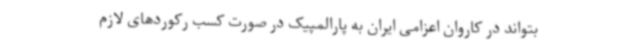
بتواند در کاروان اعزامی ایران به پارالمپیک در صورت کسب رکوردهای لازم